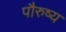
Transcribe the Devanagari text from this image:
पौरुष्य